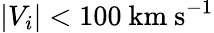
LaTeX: |V_{i}|<100~\textrm{km}~\textrm{s}^{-1}